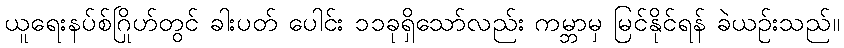
ယူရေးနပ်စ်ဂြိုဟ်တွင် ခါးပတ် ပေါင်း ၁၁ခုရှိသော်လည်း ကမ္ဘာမှ မြင်နိုင်ရန် ခဲယဉ်းသည်။